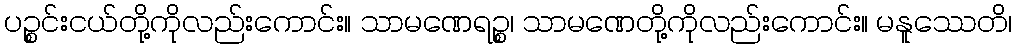
ပဉ္စင်းငယ်တို့ကိုလည်းကောင်း။ သာမဏေရဉ္စ၊ သာမဏေတို့ကိုလည်းကောင်း။ မနူဿေတိ၊